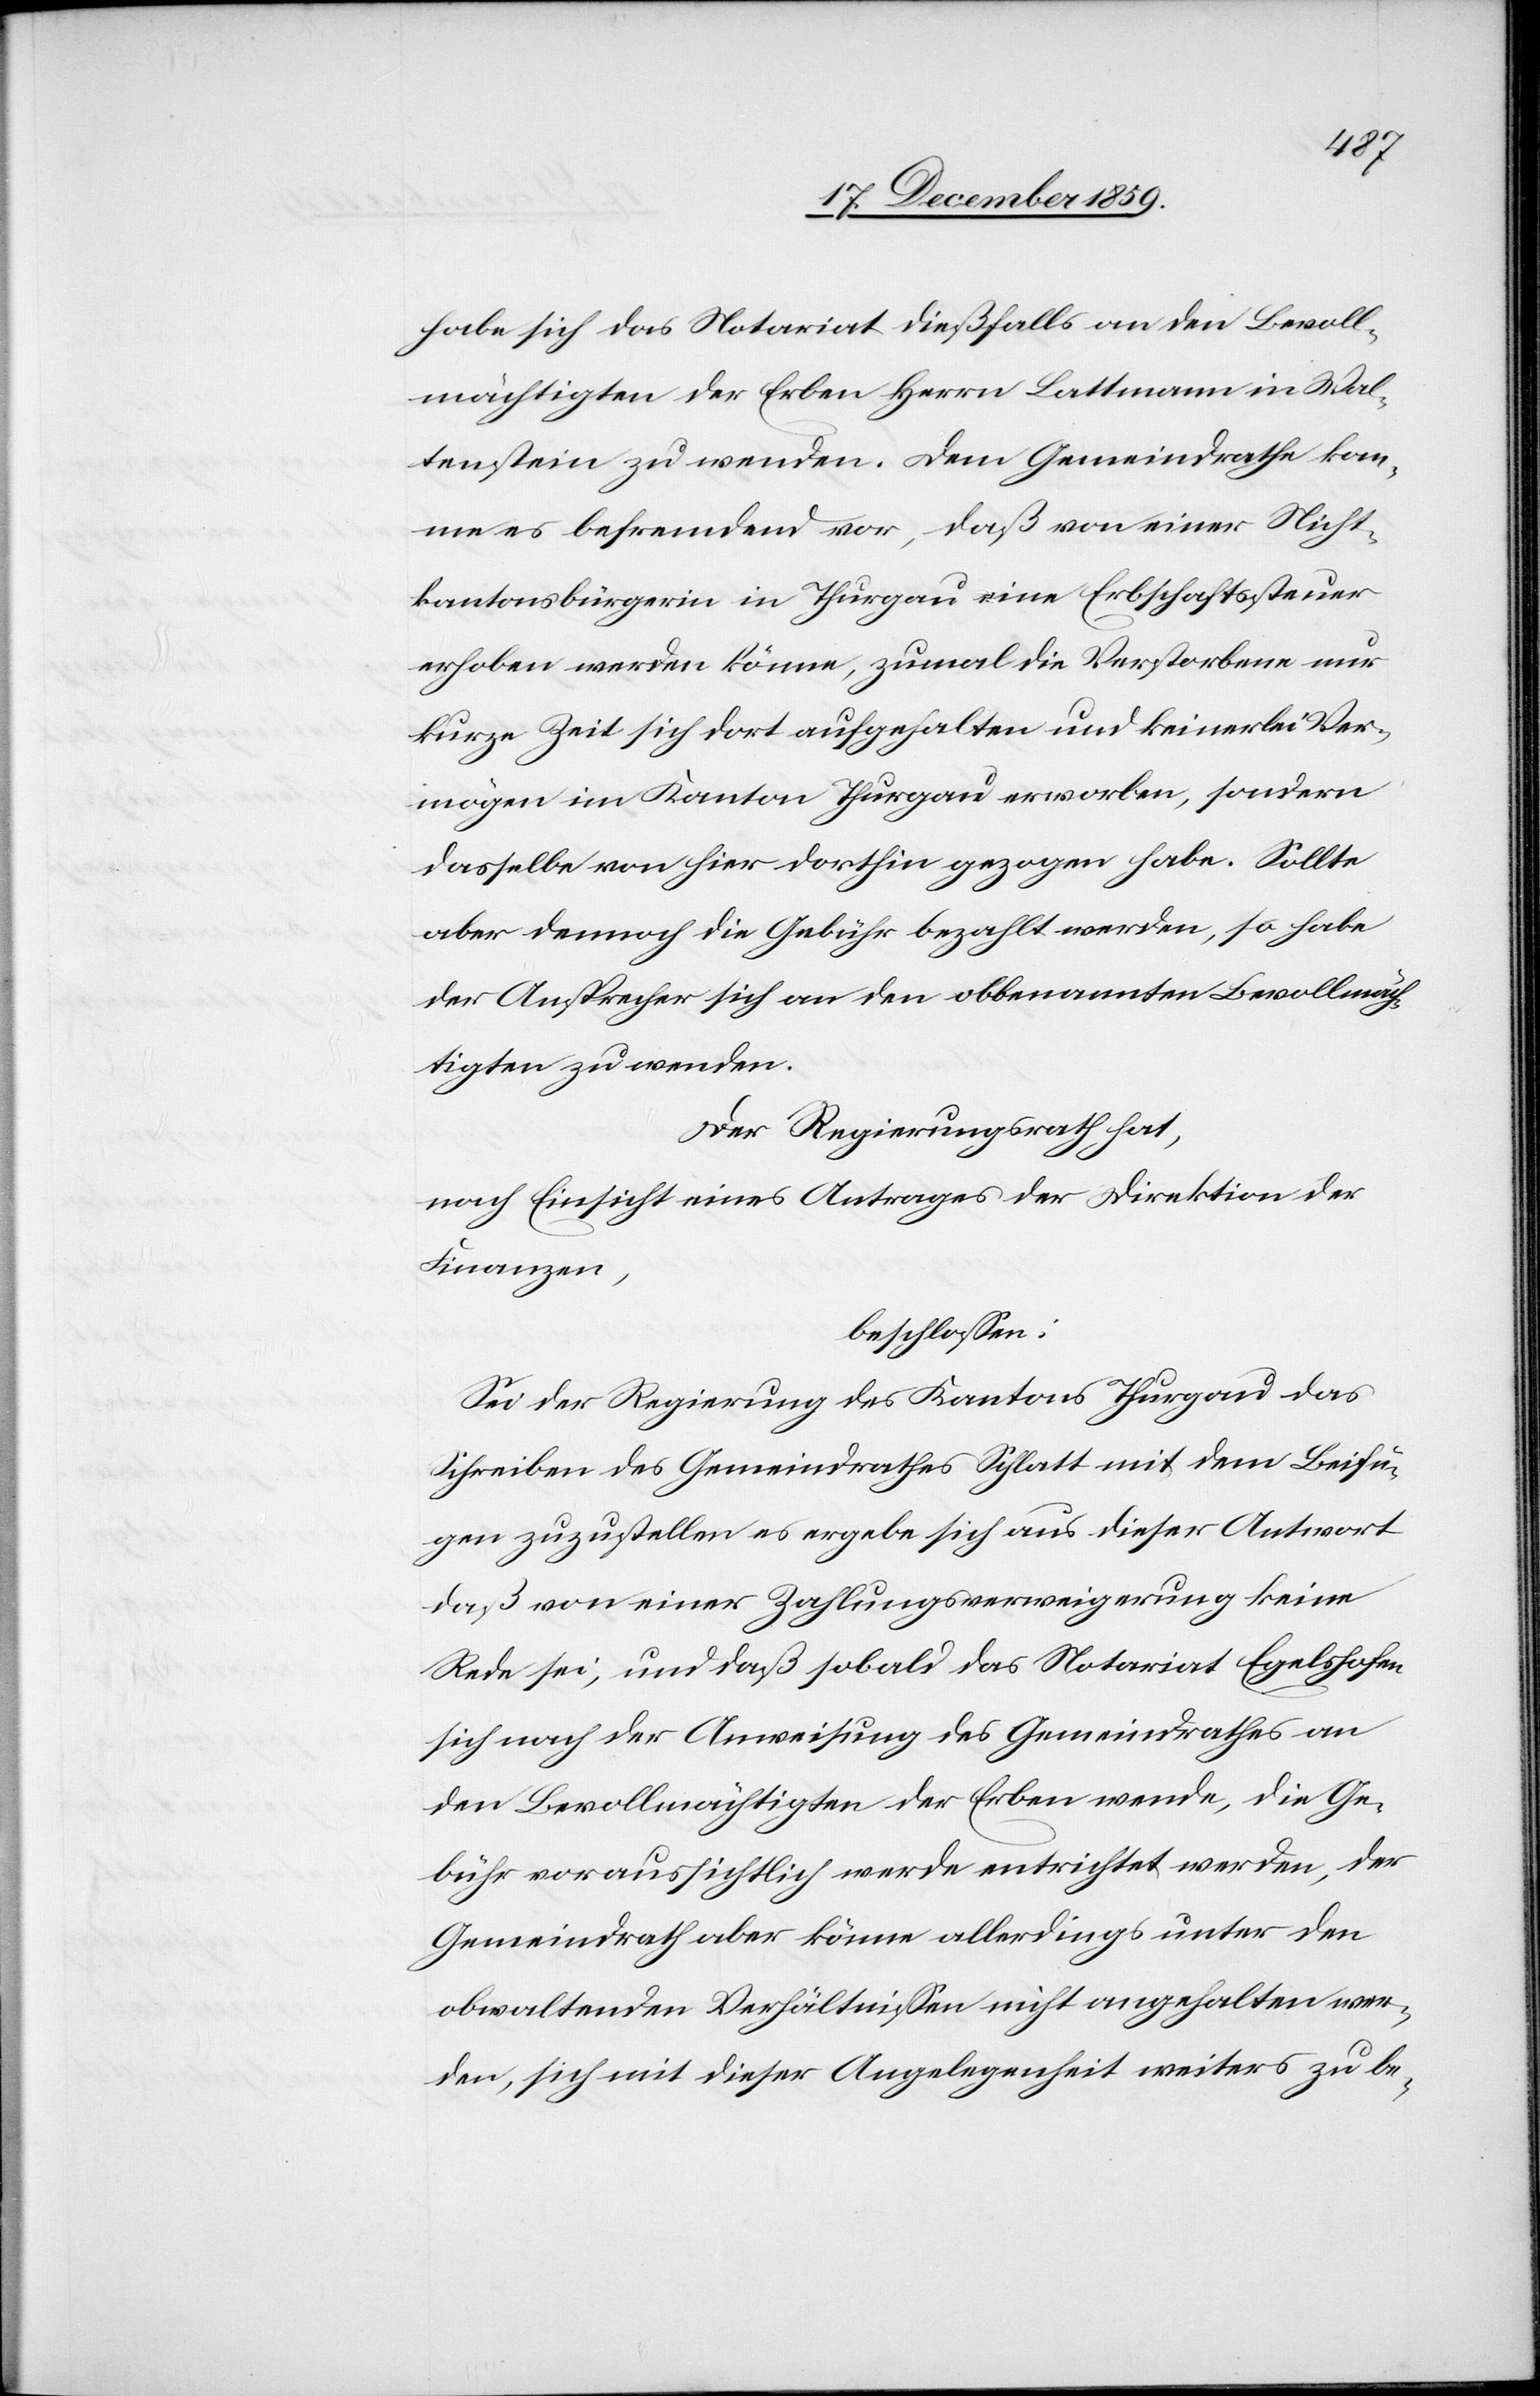
habe sich das Notariat dießfalls an den Bevoll¬
mäctigten der Erben Herrn Blattmann in Wal¬
enstein zu wenden. Dem Gemeindrathe kom¬
me es befremdend vor, daß von einer Nicht¬
kantonsbürgerin im Thurgau eine Erbschaftssteuer
erhoben werden könne, zumal die Verstorbene nur
kurze Zeit sich dort aufgehalten und keinerlei Ver¬
mögen im Kanton Thurgau erworben, sondern
dasselbe von hier dorthin gezogen habe. Sollte
aber dennoch die Gebühr bezahlt werde, so habe
der Ansprecher sich an den obbenannten Bevollmäch¬
tigten zu wenden.
Der Regierungsrath hat,
nach Einsicht eines Antrages der Direktion der
Finanzen,
beschlossen:
Sei der Regierung des Kantons Thurgau das
Schreiben des Gemeindrathes Schlatt mit dem Beifü¬
gen zuzustellen es ergebe sich aus dieser Antwort
daß von einer Zahlungsverweigerung keine
Rede sei, und daß sobald das Notariat Egelshofen
sich nach der Anweisung des Gemeindrathes an
den Bevollmächtigten der Erben wende, die Ge¬
bühr voraussichtlich werde entrichtet werden, der
Gemeindrath aber könne allerdings unter den
obwaltenden Verhältnissen nicht angehalten wer¬
den, sich mit dieser Angelegenheit weiters zu be-